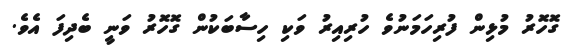
ގޮހޮރު މުޅިން ފުރިހަމަނުވެ ހުރިއިރު ވަކި ހިސާބަކުން ގޮހޮރު ވަނީ ބެދިފަ އެވެ.